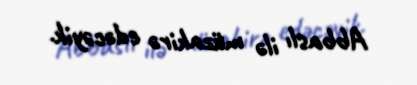
Abbaslı ilə müzakirə edəcəyik.